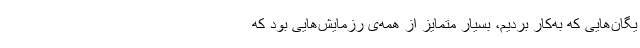
یگان‌هایی که به‌کار بردیم، بسیار متمایز از همه‌ی رزمایش‌هایی بود که